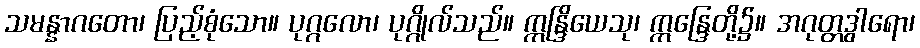
သမန္နာဂတော၊ ပြည့်စုံသော။ ပုဂ္ဂလော၊ ပုဂ္ဂိုလ်သည်။ ဣန္ဒြိယေသု၊ ဣန္ဒြေတို့၌။ အဂုတ္တဒွါရော၊